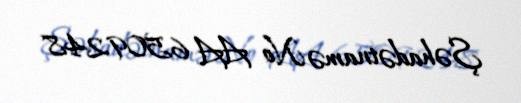
Şəhadətnamə № AA 6509248